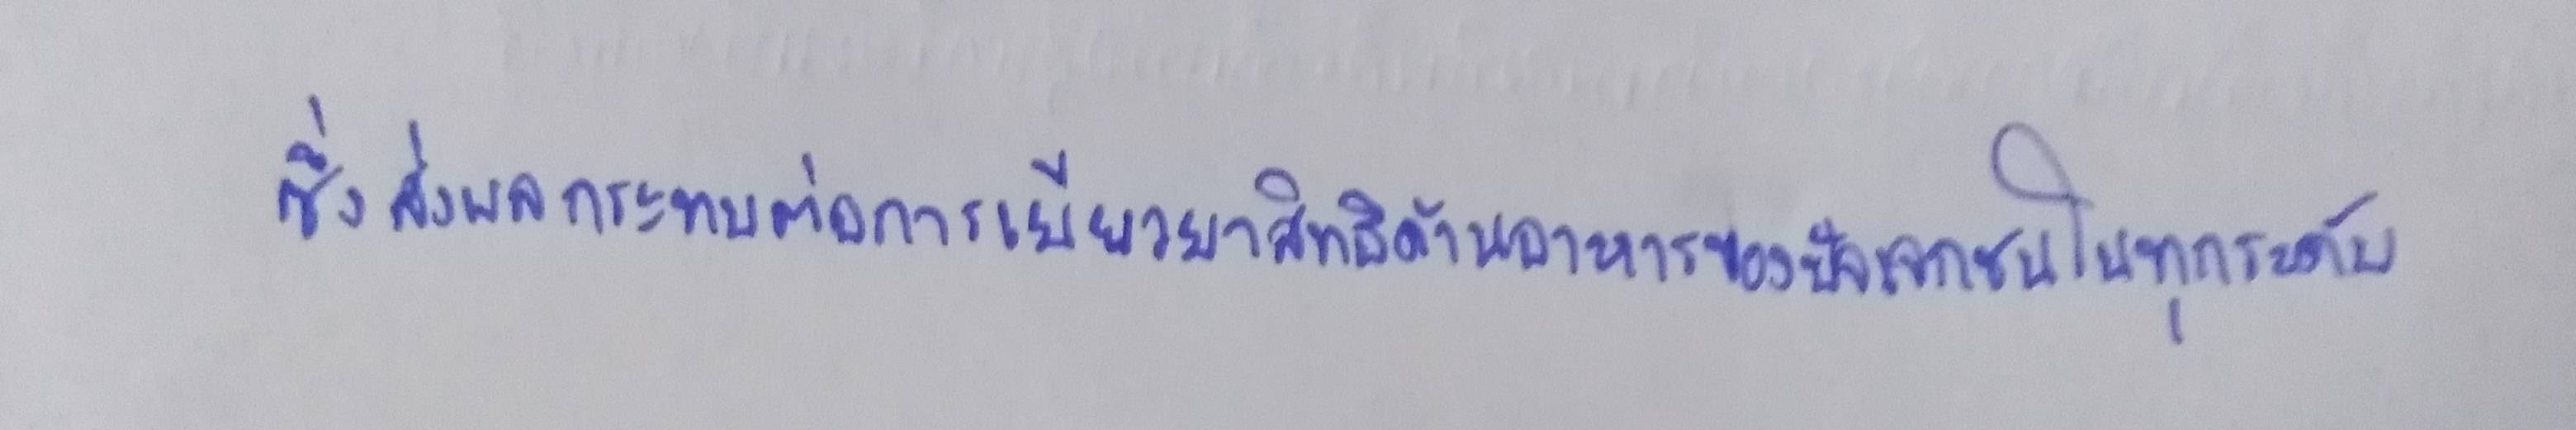
ซึ่งส่งผลกระทบต่อการเยียวยาสิทธิด้านอาหารของปัจเจกชนในทุกระดับ